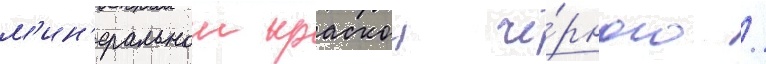
м'ин'еральнои краскои чё́рного /